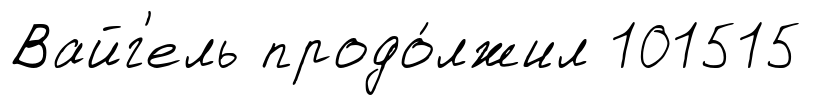
Вайг'ель продо́лжил 101515